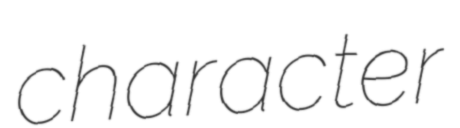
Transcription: character